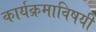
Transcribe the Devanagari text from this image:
कार्यक्रमाविषयी